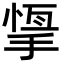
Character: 𢰨